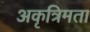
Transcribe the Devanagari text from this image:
अकृत्रिमता